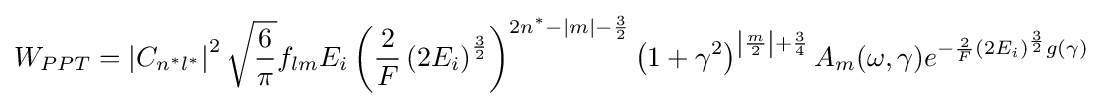
W_{PPT}=\left|C_{n^{*}l^{*}}\right|^{2}{\sqrt {\frac {6}{\pi }}}f_{lm}E_{i}\left({\frac {2}{F}}\left(2E_{i}\right)^{\frac {3}{2}}\right)^{2n^{*}-|m|-{\frac {3}{2}}}\left(1+\gamma ^{2}\right)^{\left|{\frac {m}{2}}\right|+{\frac {3}{4}}}A_{m}(\omega ,\gamma )e^{-{\frac {2}{F}}\left(2E_{i}\right)^{\frac {3}{2}}g\left(\gamma \right)}